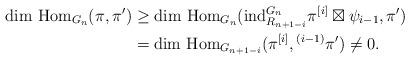
LaTeX: \begin{align*} \mathrm{dim}~\mathrm{Hom}_{G_{n}}(\pi, \pi') & \geq \mathrm{dim}~\mathrm{Hom}_{G_{n}}(\mathrm{ind}_{R_{n+1-i}}^{G_{n}}\pi^{[i]} \boxtimes \psi_{i-1} , \pi' ) \\ & = \mathrm{dim}~\mathrm{Hom}_{G_{n+1-i}}( \pi^{[i]}, {}^{(i-1)}\pi') \neq 0 .\end{align*}